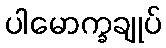
ပါမောက္ခချုပ်